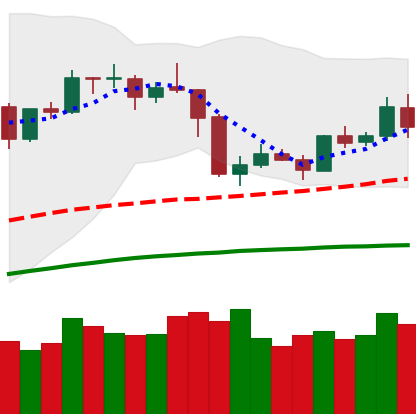
Ticker: ETH-USD
Chart end date: 2019-05-04
Forward return: 3.818%
Label: up_3_5